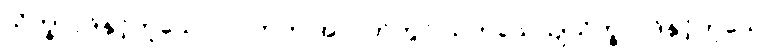
သိက္ခာပုဒ်နှင့်တူသော၊ လဟုက အာပတ်တွင် သဟသေယျသိက္ခာပုဒ်နှင့်တူသော